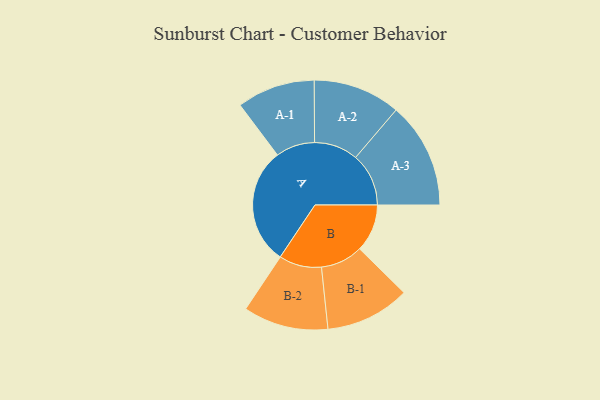
{"axis": {"x": "Segment", "y": "Value"}, "legend": ["", "A", "B"], "data": [{"x": "A", "y": 479, "type": ""}, {"x": "B", "y": 195, "type": ""}, {"x": "A-1", "y": 160, "type": "A"}, {"x": "A-2", "y": 179, "type": "A"}, {"x": "A-3", "y": 217, "type": "A"}, {"x": "B-1", "y": 173, "type": "B"}, {"x": "B-2", "y": 174, "type": "B"}]}